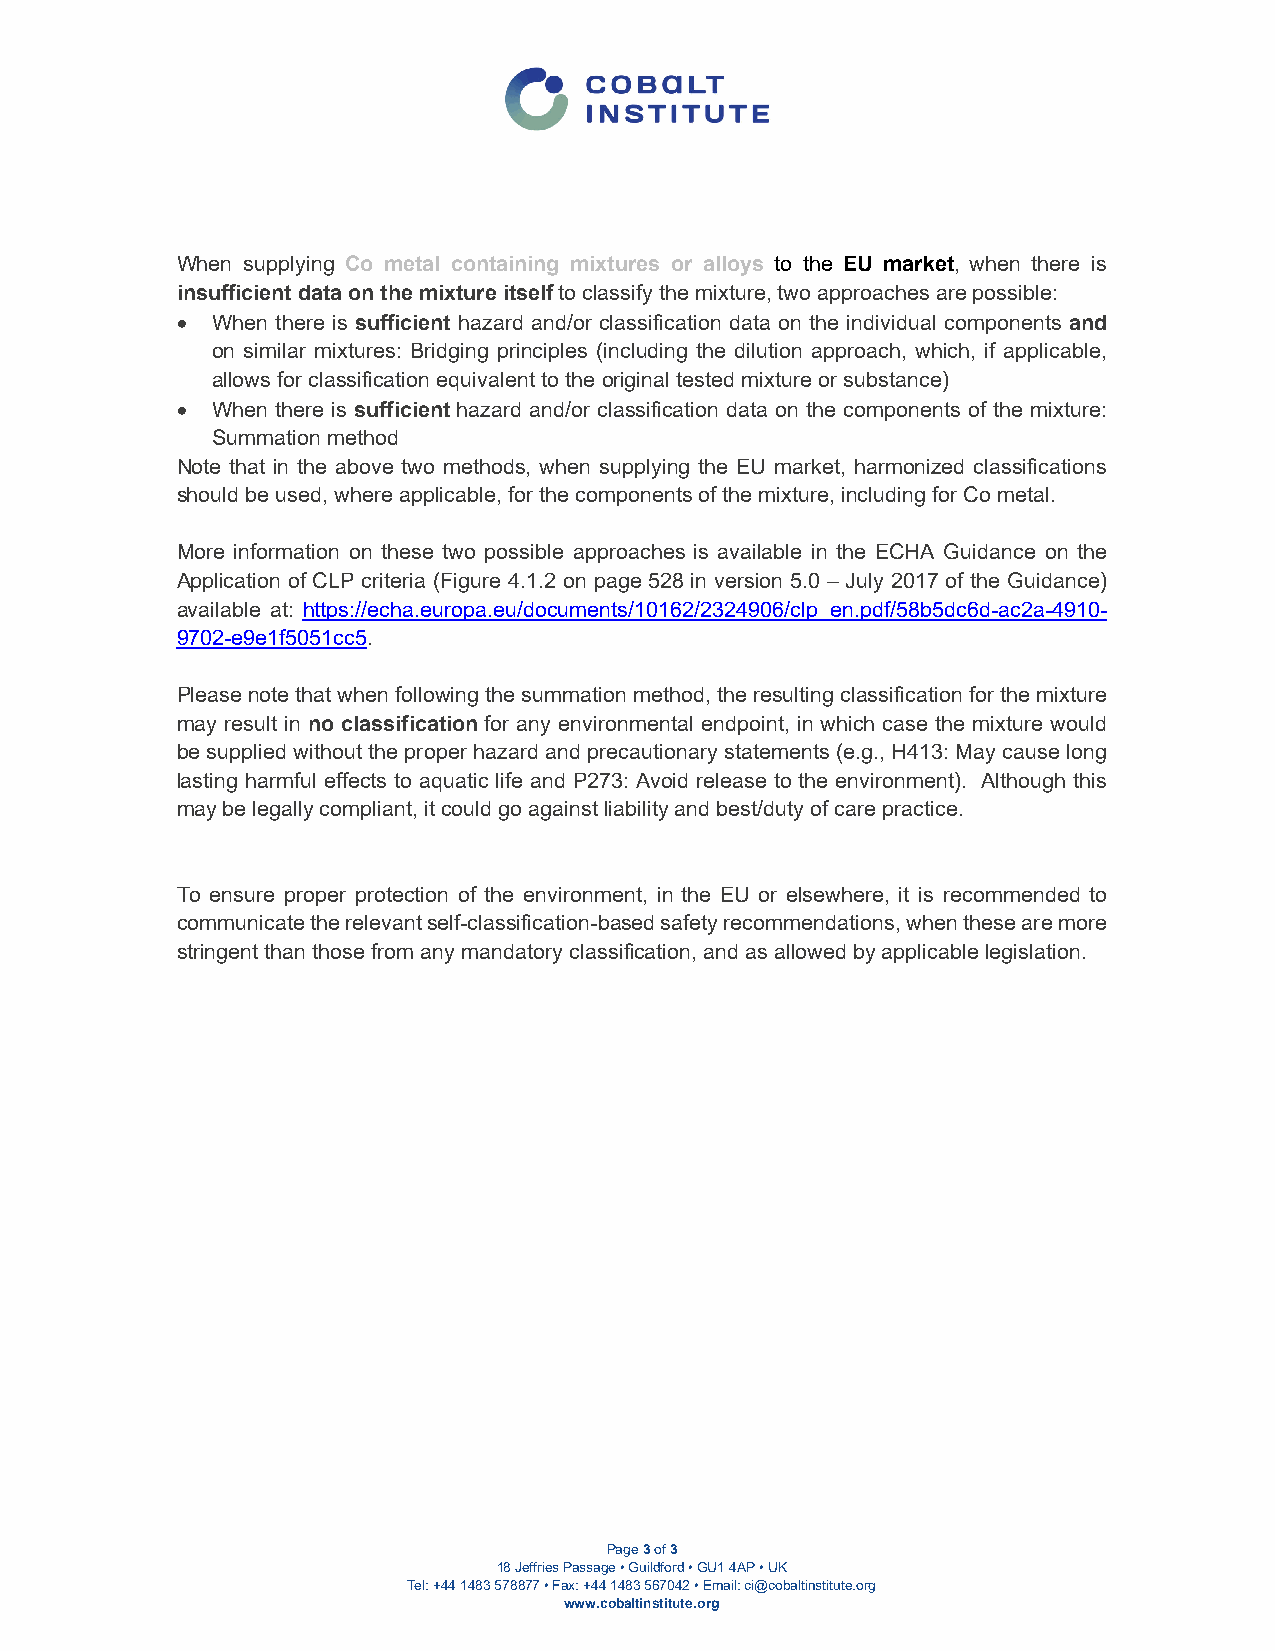
When supplying Co metal containing mixtures or alloys to the EU market, when there is
 insufficient data on the mixture itself to classify the mixture, two approaches are possible:
  When there is sufficient hazard and/or classification data on the individual components and
 on similar mixtures: Bridging principles (including the dilution approach, which, if applicable,
 allows for classification equivalent to the original tested mixture or substance)
  When there is sufficient hazard and/or classification data on the components of the mixture:
 Summation method
 Note that in the above two methods, when supplying the EU market, harmonized classifications
 should be used, where applicable, for the components of the mixture, including for Co metal.
 More information on these two possible approaches is available in the ECHA Guidance on the
 Application of CLP criteria (Figure 4.1.2 on page 528 in version 5.0 – July 2017 of the Guidance)
 available at: https://echa.europa.eu/documents/10162/2324906/clp_en.pdf/58b5dc6d-ac2a-4910-
 9702-e9e1f5051cc5.
 Please note that when following the summation method, the resulting classification for the mixture
 may result in no classification for any environmental endpoint, in which case the mixture would
 be supplied without the proper hazard and precautionary statements (e.g., H413: May cause long
 lasting harmful effects to aquatic life and P273: Avoid release to the environment). Although this
 may be legally compliant, it could go against liability and best/duty of care practice.
 To ensure proper protection of the environment, in the EU or elsewhere, it is recommended to
 communicate the relevant self-classification-based safety recommendations, when these are more
 stringent than those from any mandatory classification, and as allowed by applicable legislation.
 Page 3 of 3
 18 Jeffries Passage • Guildford • GU1 4AP • UK
 Tel: +44 1483 578877 • Fax: +44 1483 567042 • Email: ci@cobaltinstitute.org
 www.cobaltinstitute.org